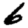
Digit: 6